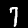
Digit: 7